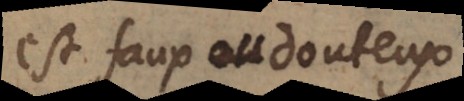
est faux douteux